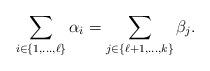
LaTeX: \begin{align*}\sum_{i \in \{1,\dots,\ell\}} \alpha_i=\sum_{j \in \{\ell+1,\dots,k\}} \beta_j.\end{align*}